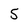
Character: 5